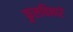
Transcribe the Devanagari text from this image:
फुलविनारे